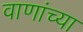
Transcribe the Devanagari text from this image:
वाणांच्या